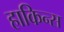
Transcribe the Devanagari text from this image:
हाकिन्स